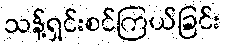
သန့်ရှင်းစင်ကြယ်ခြင်း